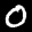
Label: 0